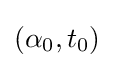
(\alpha _{0},t_{0})